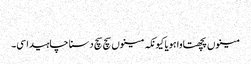
‏
مینوں پچھتاوا ہویا کیونکہ مینوں سچ سچ دسنا چاہیدا سی۔